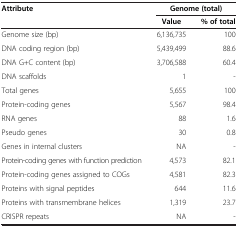
<table><thead><tr><td><b>Attribute</b></td><td colspan="2"><b>Genome (total)</b></td></tr><tr><td><b> </b></td><td><b>Value</b></td><td><b>% of total</b></td></tr></thead><tbody><tr><td>Genome size (bp)</td><td>6,136,735</td><td>100</td></tr><tr><td>DNA coding region (bp) </td><td>5,439,499</td><td>88.6</td></tr><tr><td>DNA G+C content (bp)</td><td>3,706,588</td><td>60.4</td></tr><tr><td>DNA scaffolds</td><td>1</td><td>-</td></tr><tr><td>Total genes</td><td>5,655</td><td>100</td></tr><tr><td>Protein-coding genes</td><td>5,567</td><td>98.4</td></tr><tr><td>RNA genes</td><td>88</td><td>1.6</td></tr><tr><td>Pseudo genes</td><td>30</td><td>0.8</td></tr><tr><td>Genes in internal clusters</td><td>NA</td><td>-</td></tr><tr><td>Protein-coding genes with function prediction</td><td>4,573</td><td>82.1</td></tr><tr><td>Protein-coding genes assigned to COGs</td><td>4,581</td><td>82.3</td></tr><tr><td>Proteins with signal peptides</td><td>644</td><td>11.6</td></tr><tr><td>Proteins with transmembrane helices</td><td>1,319</td><td>23.7</td></tr><tr><td>CRISPR repeats</td><td>NA</td><td>-</td></tr></tbody></table>